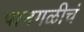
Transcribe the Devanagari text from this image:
पानगळीचं